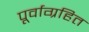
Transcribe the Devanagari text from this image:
पूर्वाग्रहित